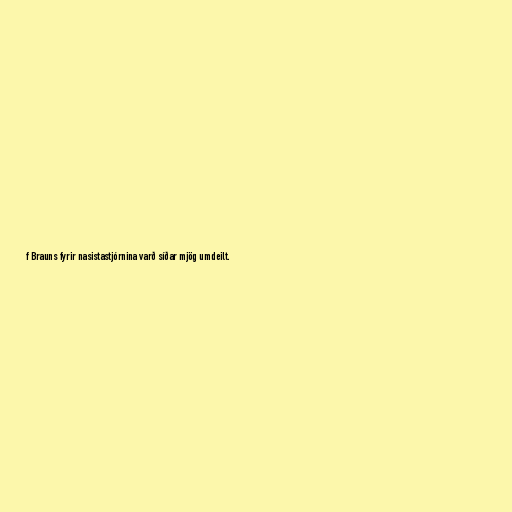
f Brauns fyrir nasistastjórnina varð síðar mjög umdeilt.